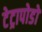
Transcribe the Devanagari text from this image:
टेट्रापोडों